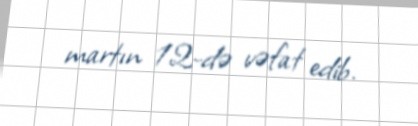
martın 12-də vəfat edib.